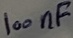
Text: 100nF